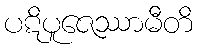
ပဋိပူဇေဿာမီတိ